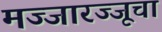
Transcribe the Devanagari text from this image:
मज्जारज्जूचा